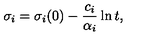
\sigma _ { i } = \sigma _ { i } ( 0 ) - \frac { c _ { i } } { \alpha _ { i } } \ln t ,